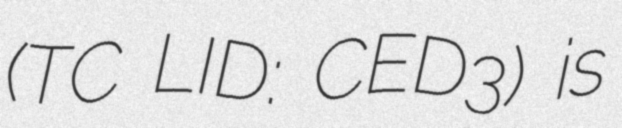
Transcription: (TC LID: CED3) is